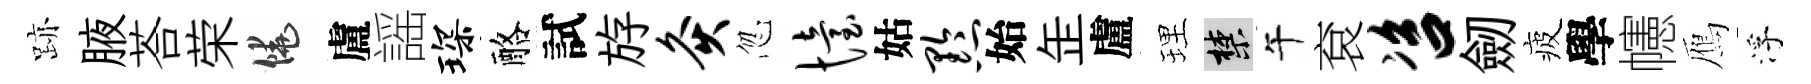
跡腋荅荣饒盧謡琛酪試斿灸忽怡姑黔始𦈢盧理禁午袞咨劒疲學幰鴈浮